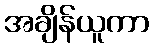
အချိန်ယူကာ